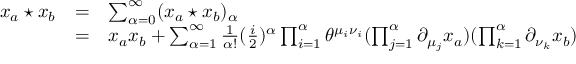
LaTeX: \begin{array} { l c l } { { x _ { a } \star x _ { b } } } & { { = } } & { { \sum _ { \alpha = 0 } ^ { \infty } ( x _ { a } \star x _ { b } ) _ { \alpha } } } \\ { { } } & { { = } } & { { x _ { a } x _ { b } + \sum _ { { \alpha } = 1 } ^ { \infty } \frac { 1 } { \alpha ! } ( \frac { i } { 2 } ) ^ { \alpha } \prod _ { i = 1 } ^ { \alpha } \theta ^ { \mu _ { i } \nu _ { i } } ( \prod _ { j = 1 } ^ { \alpha } \partial _ { \mu _ { j } } x _ { a } ) ( \prod _ { k = 1 } ^ { \alpha } \partial _ { \nu _ { k } } x _ { b } ) } } \end{array}